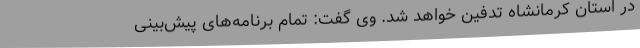
در استان کرمانشاه تدفین خواهد شد. وی گفت: تمام برنامه‌های پیش‌بینی